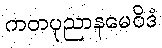
ကတပုညာနမေဝိဒံ